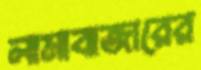
লামাবাজারের